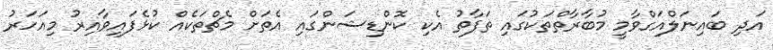
އަދި ބައިނަލްއަގްވާމީ މުބާރާތްތަކުގައި ތަފާތު އެކި ކޮންޑިޝަންގައި އެތަށް މެޗްތަކެއް ކުޅެފައިވާއިރު މިއަހަރު